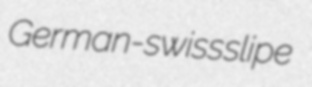
German-swiss slipe